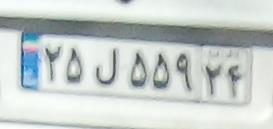
۲۵ل۵۵۹۲۴